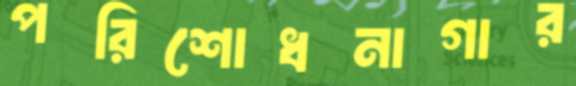
পরিশোধনাগার